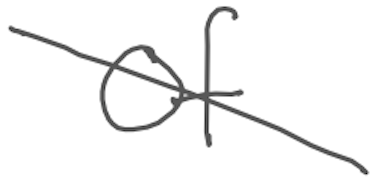
Text: of
Cross-out: mix
Writing tool: digital_gray